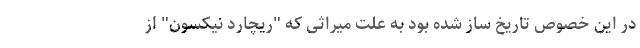
در این خصوص تاریخ ساز شده بود به علت میراثی که "ریچارد نیکسون" از